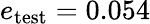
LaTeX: e_{\mathrm{test}}=0.054